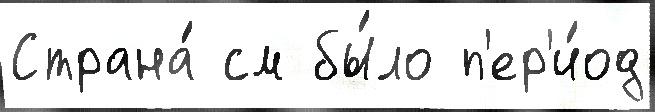
Страна́ см бы́ло п'ер'и́од